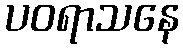
ပဝရာသနေ